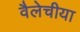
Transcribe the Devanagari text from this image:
वैलेचीया